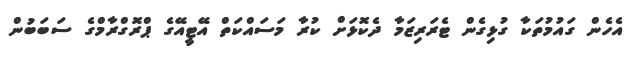
އެހެން ގައުމުތަކާ ގުޅިގެން ޓެރަރިޒަމާ ދެކޮޅަށް ކުރާ މަސައްކަތް އޭޓީއޭގެ ޕްރޮގްރާމްގެ ސަބަބުން